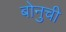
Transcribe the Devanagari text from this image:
बोनुची